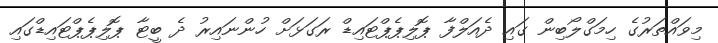
މިވައްތަރުގެ ހިމަގްލޯބިން ގައި ދެއަލްފާ ޕޮލިޕެޕްޓައިޑް ރަގަޅަށް ހުންނައިރު ދެ ބީޓާ ޕޮލިޕެޕްޓައިޑްގައި